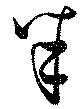
半